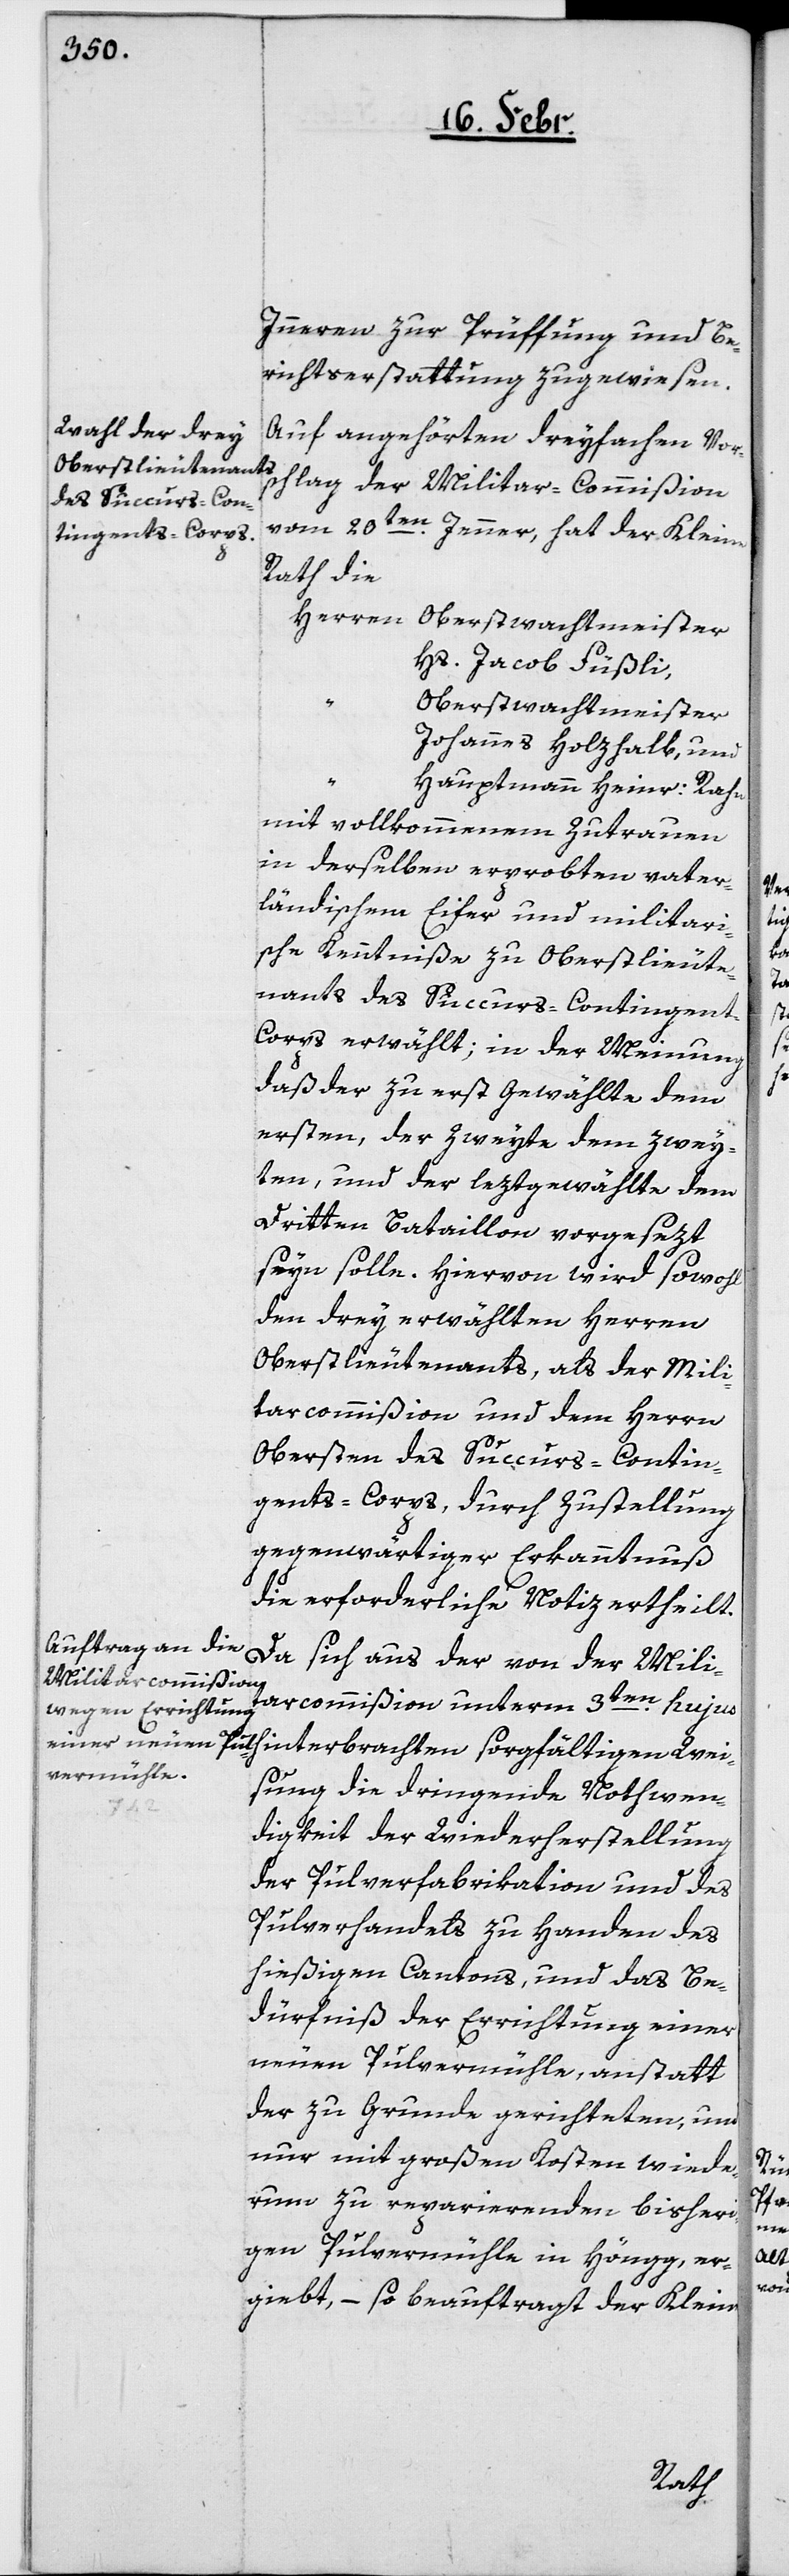
Innern zur Prüffung und Be¬
richterstattung zugewiesen.
Auf angehörten dreyfachen Vor¬
schlag der Militar-Commißion
vom 20ten. Jenner, hat der Kleine
Rath die
Herren
Oberstwachtmeister:
Hs. Jacob Füßli,
Oberstwachtmeister
Johannes Holzhalb, und
Hauptmann Heinr: Rahn
mit vollkommenem Zutrauen
in derselben erprobten vater¬
ländischem Eifer und militari¬
sche Kenntniße zu Oberstlieute¬
nants des Succurs-Contingen¬
t-Corps erwählt; in der Meinung
daß der zu erst Gewählte dem
ersten, der Zweyte dem zwey¬
ten, und der leztgewählte dem
Dritten Bataillon vorgesezt
seyn solle. Hiervon wird sowohl
den drey erwählten Herren
Oberstlieutenants, als der Mili¬
tarcommißion und dem Herrn
Obersten des Succurs-Contin¬
gents-Corps durch Zustellung
gegenwärtiger Erkanntnuß
die erforderliche Notiz ertheilt.
Da es sich aus der von der Mili¬
taircommißion unterm 3ten. hujus
sung die dringende Nothwen¬
digkeit der Wiederherstellung
der Pulverfabrikation und des
Pulverhandels zu Handen des
hießigen Cantons, und das Be¬
dürfniß der Errichtung einer
neuen Pulvermühle, anstatt
der zu Grunde gerichteten und
nur mit großen Kosten wiede¬
rum zu reparierenden bisheri¬
gen Pulvermühle in Höngg, er¬
giebt, – so beauftragt der Kleine

Wei¬
chten
bra¬